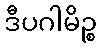
ဒီပဂါမိဉ္စ